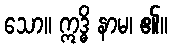
သော။ ဣဒ္ဓိ နာမ၊ ၏။